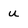
Character: u